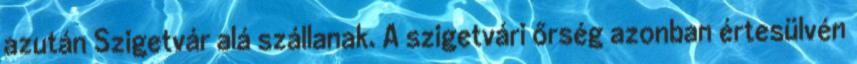
azután Szigetvár alá szállanak. A szigetvári őrség azonban értesülvén